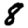
Digit: 8